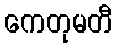
ကေတုမတီ